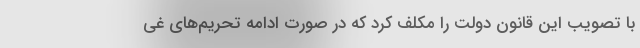
با تصویب این قانون دولت را مکلف کرد که در صورت ادامه تحریم‌های غی